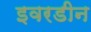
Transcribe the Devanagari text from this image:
इवरडीन